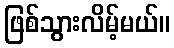
ဖြစ်သွားလိမ့်မယ်။